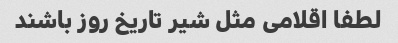
لطفا اقلامی مثل شیر تاریخ روز باشند